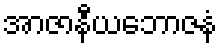
အာဇာနီယဘောဇနံ